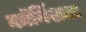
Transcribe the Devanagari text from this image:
कॉर्निशला